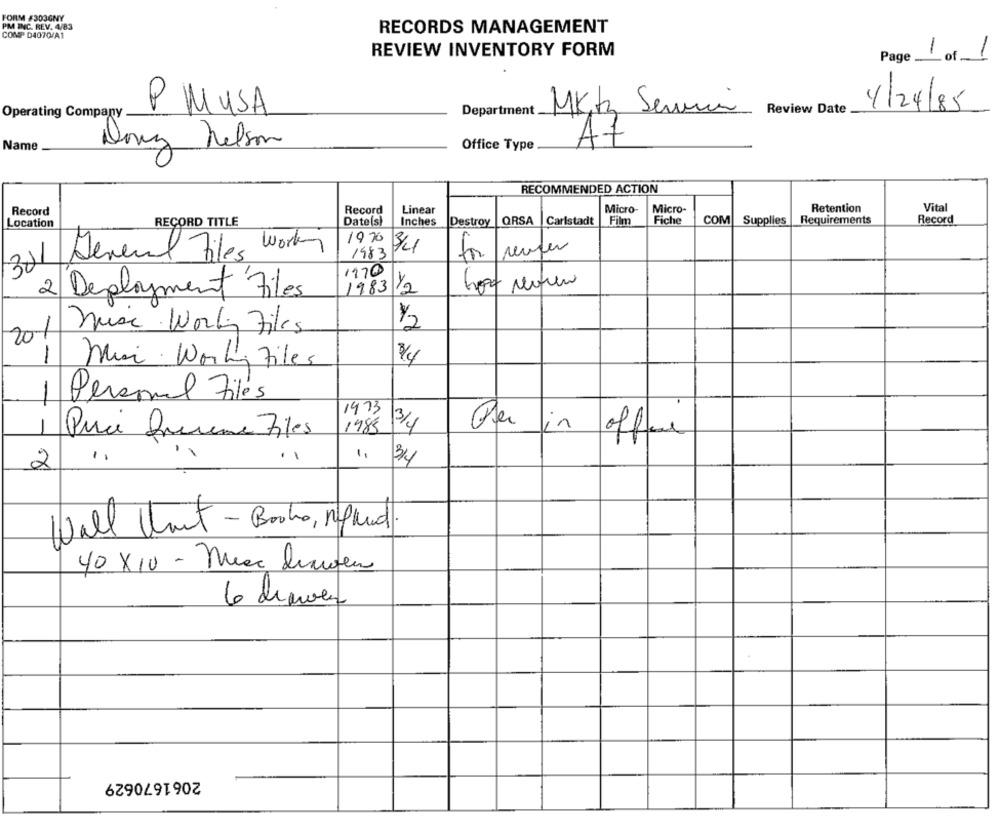
FORM #303GNY
PM INC. REV. 4/83
COMP D4070/A1
RECORDS MANAGEMENT
-
REVIEW INVENTORY FORM
Page
of
P MUSA
Mktz Service
Review Date
4/24/85
Operating Company
Department
Name
Dony Nelson
Office Type
At
RECOMMENDED ACTION
Record
Linear
Micro-
Micro-
Retention
Vital
Record
Location
RECORD TITLE
Date(s)
Inches
Destroy
QRSA
Carlstadt
Film
Fiche
COM
Supplies
Requirements
Record
1970 3/41
321 Several Files working
1983
3
1970
2
1983 1/2
400 reviens
Deployment Files
1/2
mise Worky Files
201
1 Mai Working Files
Personal Files
-
1973
3/4
1985
Puoi Querene Files
Per fin offre
2
3/4
Wall Unut - Books, neland
40 X10 - Neac lesen
6 deaves
2061670629